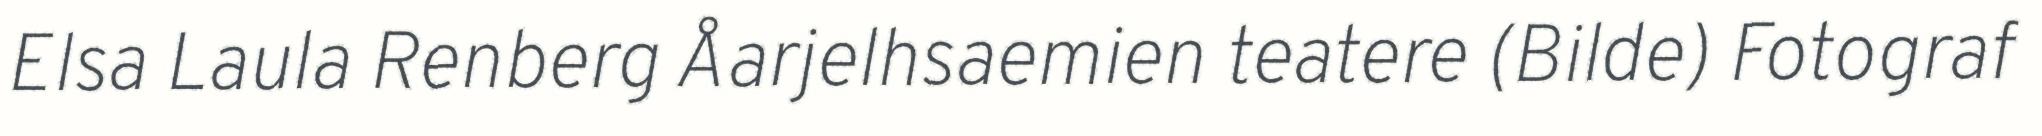
Elsa Laula Renberg Åarjelhsaemien teatere (Bilde) Fotograf